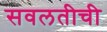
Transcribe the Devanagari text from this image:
सवलतीची